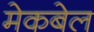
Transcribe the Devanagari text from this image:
मेकबेल